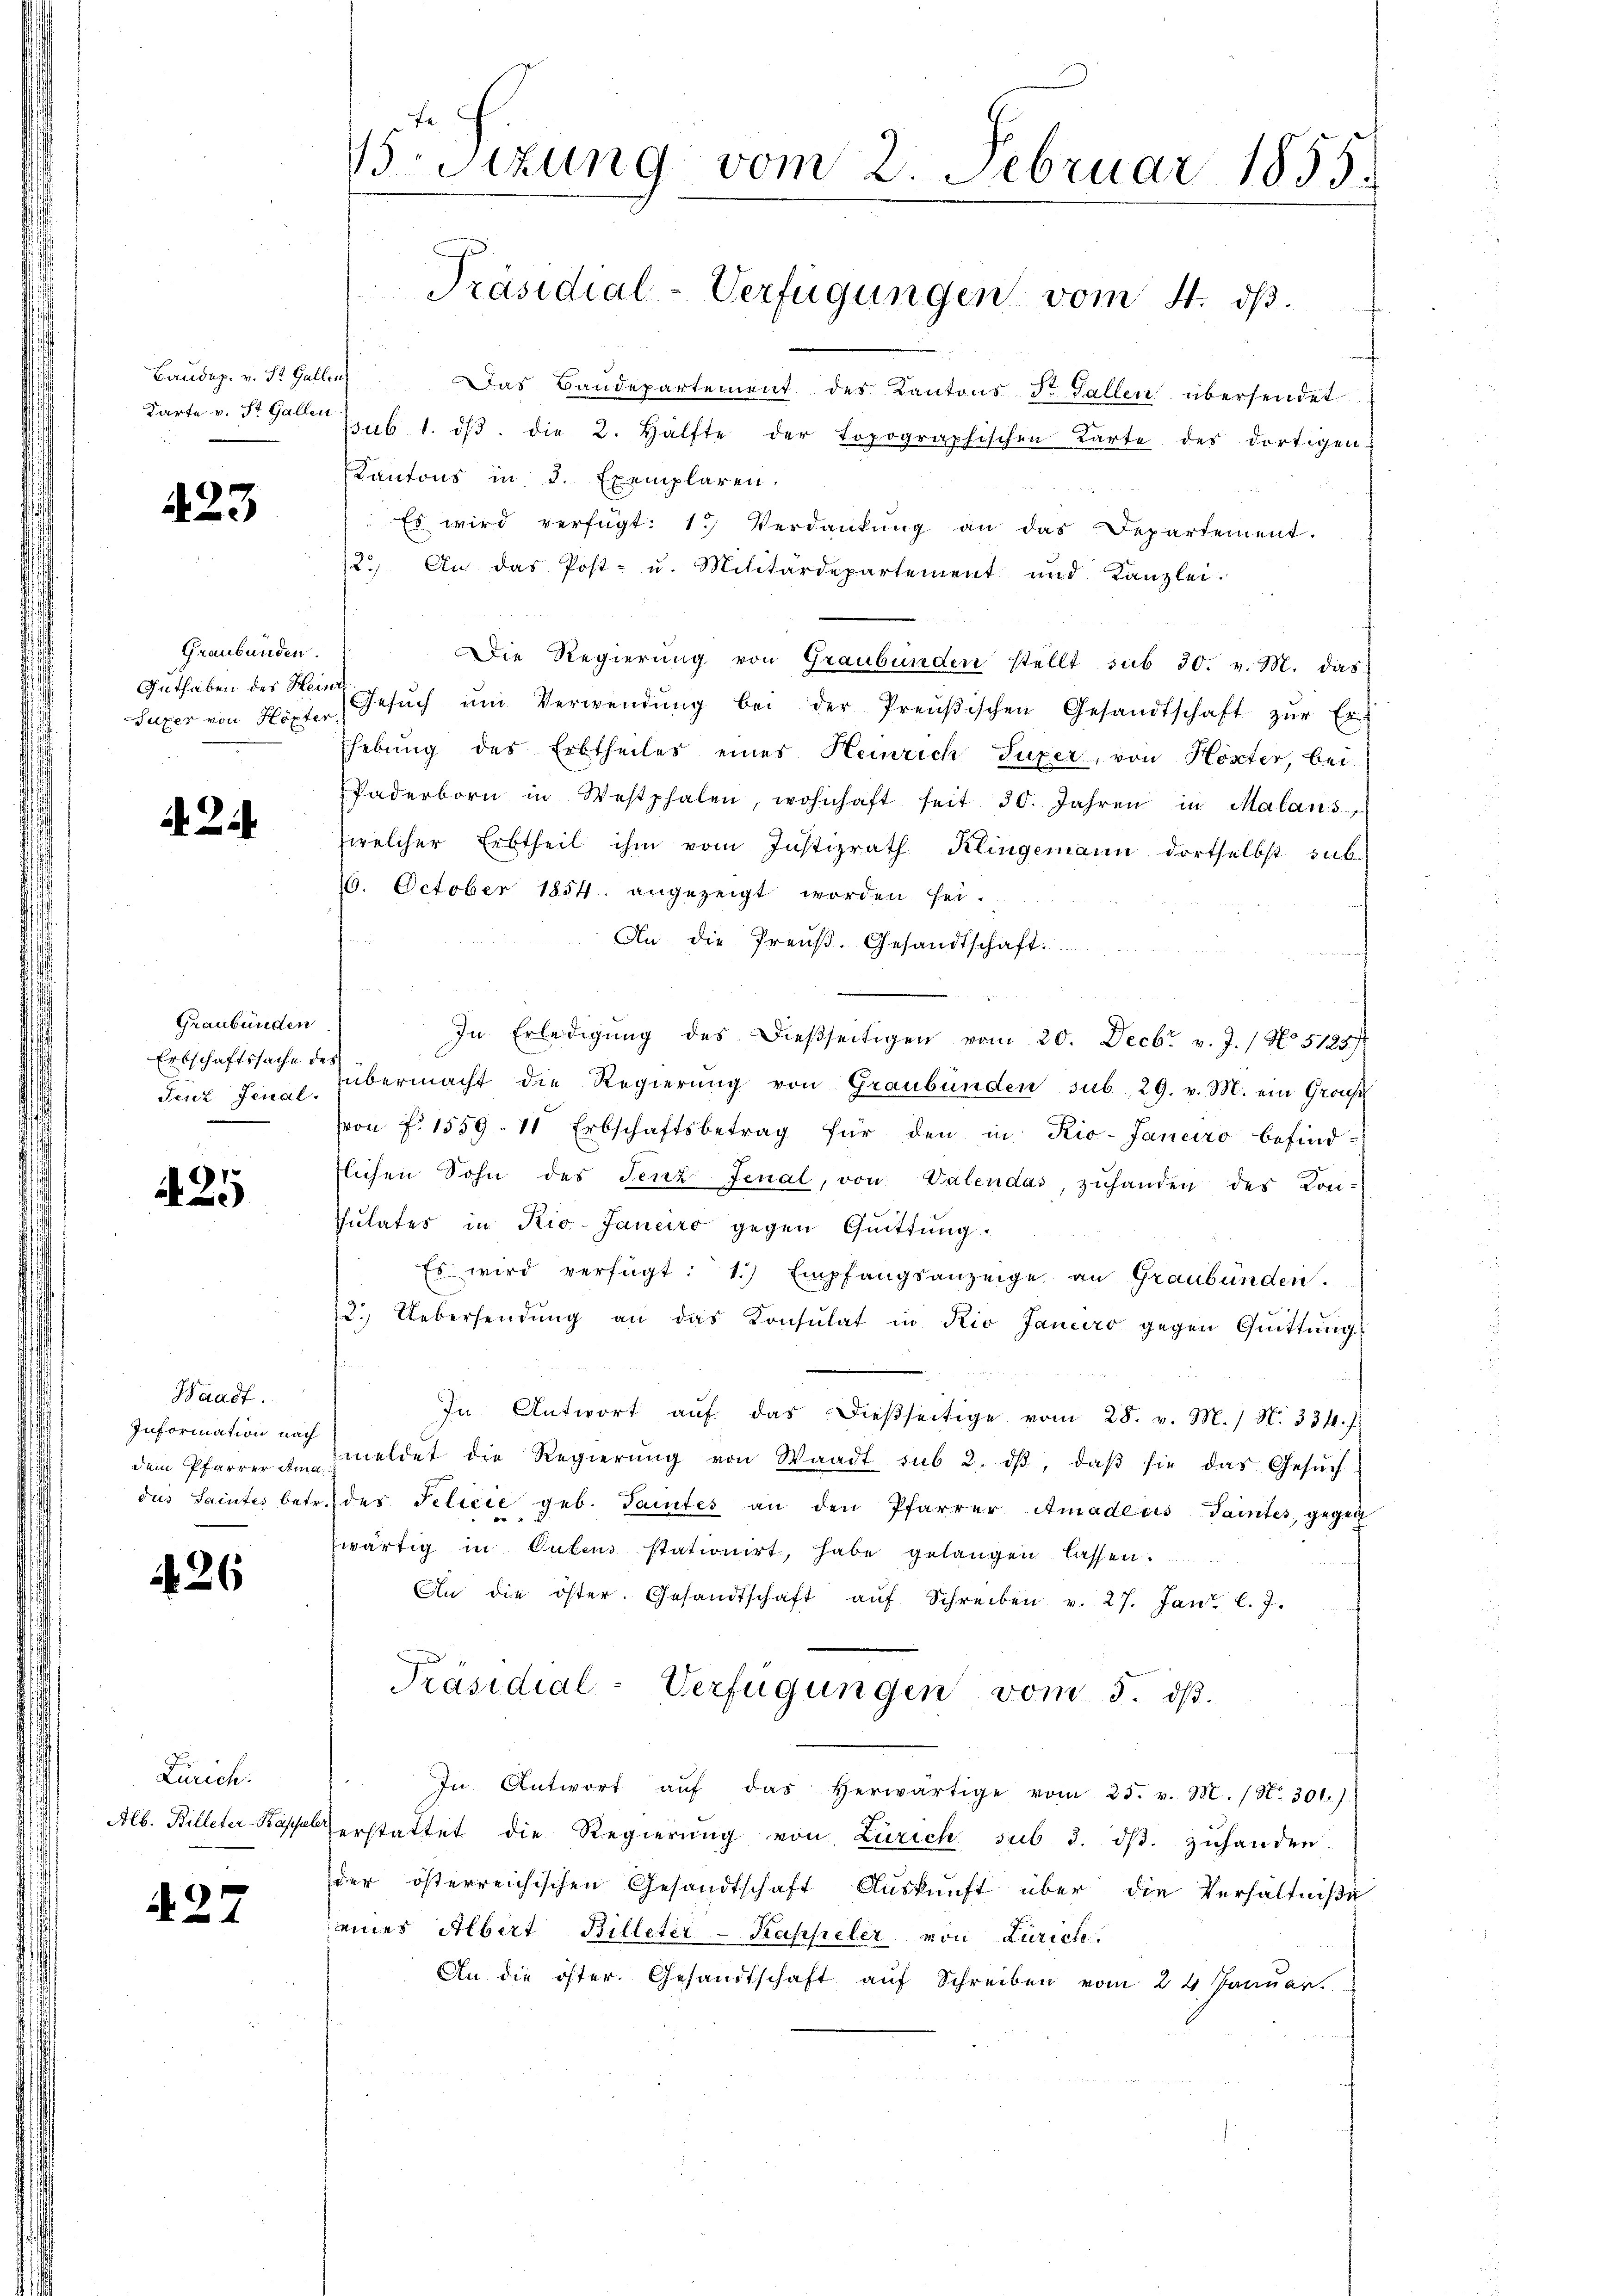
Karte v. St. Gallen

423

Graubünden.
Guthaben des Heinr

A 21

Graubünden
Erbschaftssache d
Jeut. Jenal.

26

Zürich.
Alb. Billeter-Kassel

2.

2

425

Waadt.
Information nach
dem Pfarrer Ama
dus Saintes betr.

V.Stzung vom 2. Februar 1855.

Präsidial-Verfügungen vom 4. ds.

erer
Baŭdep. v. St. Gallen Das Baŭdepartement des Kantons St. Gallen übersendet
(sub. 1. dβ. die 2. Hälfte der topographischen Karte des dortigen-
Kantons in d. Exemplaren.
" Es wird verfügt: 1. Verdankŭng an das Departement.
2.) An das Post- u. Militärdepartement und Kanzlei.
Die Regierŭng von Graubünden stellt sub 30. v. M. das
Tuxer von Hohe Gesŭch ŭm Verwendŭng bei der Preŭβischen Gesandtschaft zŭr Er-
hebung des Erbtheiles eines Heinrich Suxer, von Höster, bei
Paderborn in Westphalen, wohnhaft seit 30. Jahren in Malans
zwelcher Erbtheil ihm vom Justizrath Klingemann dortselbst sub-
10. October 1854. angezeigt worden sei.
An die Preuß. Gesandtschaft
In Erledigŭng des dießseitigen vom 20. Decbr. v. J. / No 5125
übermacht die Regierŭng von Graubünden sub 29. v. M. ein Grous
on f. 1559. 11 Erbschaftsbetrag für den in Rio-Janeiro befindflichen Sohn des Jenz Jenal, von Valendas, zuhanden des Kon-
sulates in Rio-Janeiro gegen Quittung.
Es wird verfügt: 1.) Empfangsanzeige an Graubünden.
2.) Uebersendŭng an das Konsulat in Kio Janeiro gegen Quittung
In Antwort aŭf das dießseitige vom 28. v. M. / N. 334.
meldet die Regierŭng von Waadt sub 2. dβ, daβ sie das Gesŭch
des Felicie geb. Taites an den Pfarrer Amadeus Taites, gegen
zwärtig in Gutens stationirt, habe gelangen lassen.
An die öster. Gesandtschaft aŭf Schreiben v. 27. Jan. l. J.
Präsidial-Verfügungen vom 5. dβ.
In Antwort aŭf das herwärtige vom 25. v. M. (N. 301.)
Zerstattet die Regierŭng von Zürich sub 3. dβ. zŭhanden.
der österreichischen Gesandtschaft Auskunft über die Verhältniße
eines Albert Billeter-Kappeler von Zürich
An die öster. Gesandtschaft auf Schreiben vom 24. Januar.